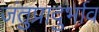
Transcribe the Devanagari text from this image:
जंतुप्रादुर्भाव